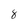
Character: 8